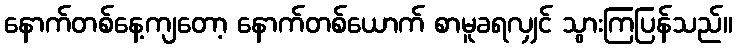
နောက်တစ်နေ့ကျတော့ နောက်တစ်ယောက် စာမူခရလျှင် သွားကြပြန်သည်။